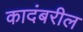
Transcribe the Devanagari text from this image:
कादंबरील